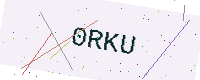
Text: 0RKU